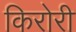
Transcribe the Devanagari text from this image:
किरोरी